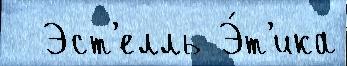
  Эст'елль Э́т'ика